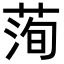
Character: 𦴥